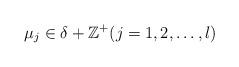
LaTeX: \begin{align*}\mu_j\in \delta +\Bbb Z^+ (j=1,2,\dots, l)\,\end{align*}